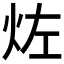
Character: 𱪱